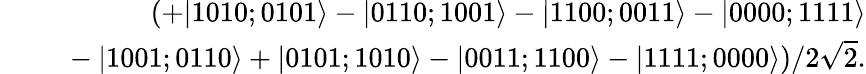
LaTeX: \begin{array}{rlr}&{}&{\left(+|1010;0101\rangle-|0110;1001\rangle-|1100;0011\rangle-|0000;1111\rangle\right.}\\ &{}&{\left.~-|1001;0110\rangle+|0101;1010\rangle-|0011;1100\rangle-|1111;0000\rangle\right)/2\sqrt{2}.}\end{array}